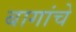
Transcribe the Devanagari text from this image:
बागांचे